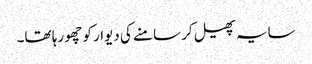
سایہ پھیل کر سامنے کی دیوار کو چھو رہا تھا۔